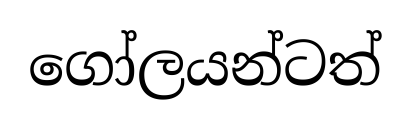
ගෝලයන්ටත්